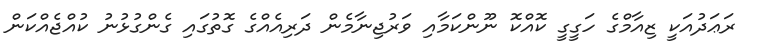
ރަޢަދުއަކީ ޒިއާމްގެ ހަގީގީ ކޮއްކޮ ނޫންކަމާއި ވަރުޖިނާމެން ދަރިއެއްގެ ގޮތުގައި ގެންގުޅުނު ކުއްޖެއްކަން